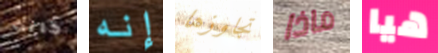
كانت إنه تجاوزها ماذا هيا